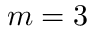
m = 3